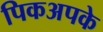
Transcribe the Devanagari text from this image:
पिकअपके